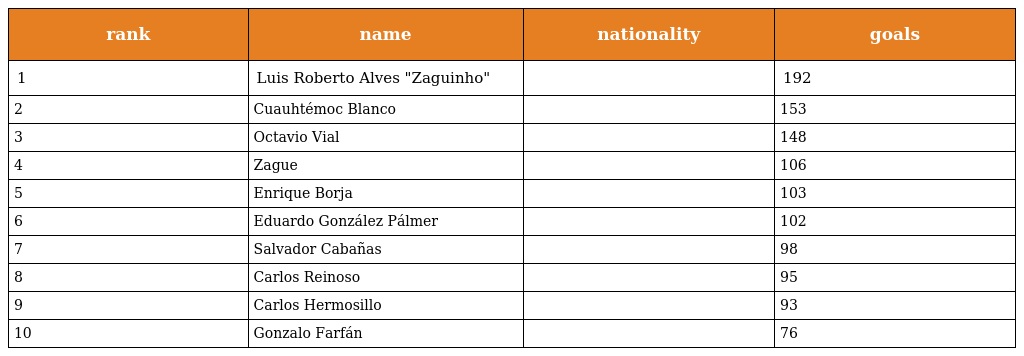
| rank | name | nationality | goals |
 | --- | --- | --- | --- |
 | 1 | Luis Roberto Alves "Zaguinho" |  | 192 |
 | 2 | Cuauhtémoc Blanco |  | 153 |
 | 3 | Octavio Vial |  | 148 |
 | 4 | Zague |  | 106 |
 | 5 | Enrique Borja |  | 103 |
 | 6 | Eduardo González Pálmer |  | 102 |
 | 7 | Salvador Cabañas |  | 98 |
 | 8 | Carlos Reinoso |  | 95 |
 | 9 | Carlos Hermosillo |  | 93 |
 | 10 | Gonzalo Farfán |  | 76 |